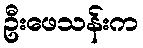
ဦးဖေသန်းက